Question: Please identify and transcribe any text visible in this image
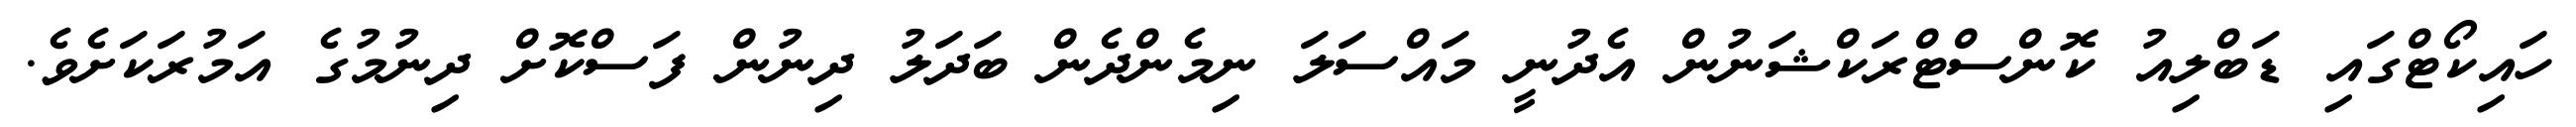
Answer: ހައިކޯޓްގައި ޑަބްލިއު ކޮންސްޓްރަކްޝަނުން އެދުނީ މައްސަލަ ނިމެންދެން ބަދަލު ދިނުން ފަސްކޮށް ދިނުމުގެ އަމުރަކަށެވެ.